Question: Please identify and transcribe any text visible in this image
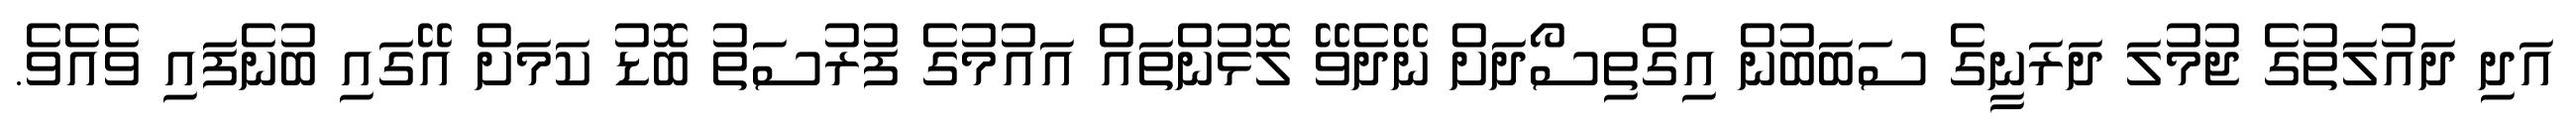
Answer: އަދި ދައުލަތުގެ ޖުމުލަ ދަރަނީގެ ސަބަބުން އިގްތިސޯދަށް ނޭދެވޭ ލޮޅުންތައް އައުމުގެ ފުރުސަތު ބޮޑު ކަމަށް އޭގައި ބުނެފައި ވެއެވެ.